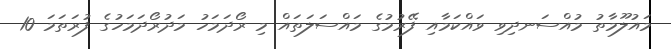
މައުލޫމާތު މުއްސަނދިވި ވައްކަމާއި ފޭރުމުގެ މައްސަލަތައް މި ރޯދަމަހު މަދުރޯދަމަހުގެ ފުރަތަމަ 10